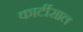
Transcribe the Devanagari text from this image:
कार्टीसाल